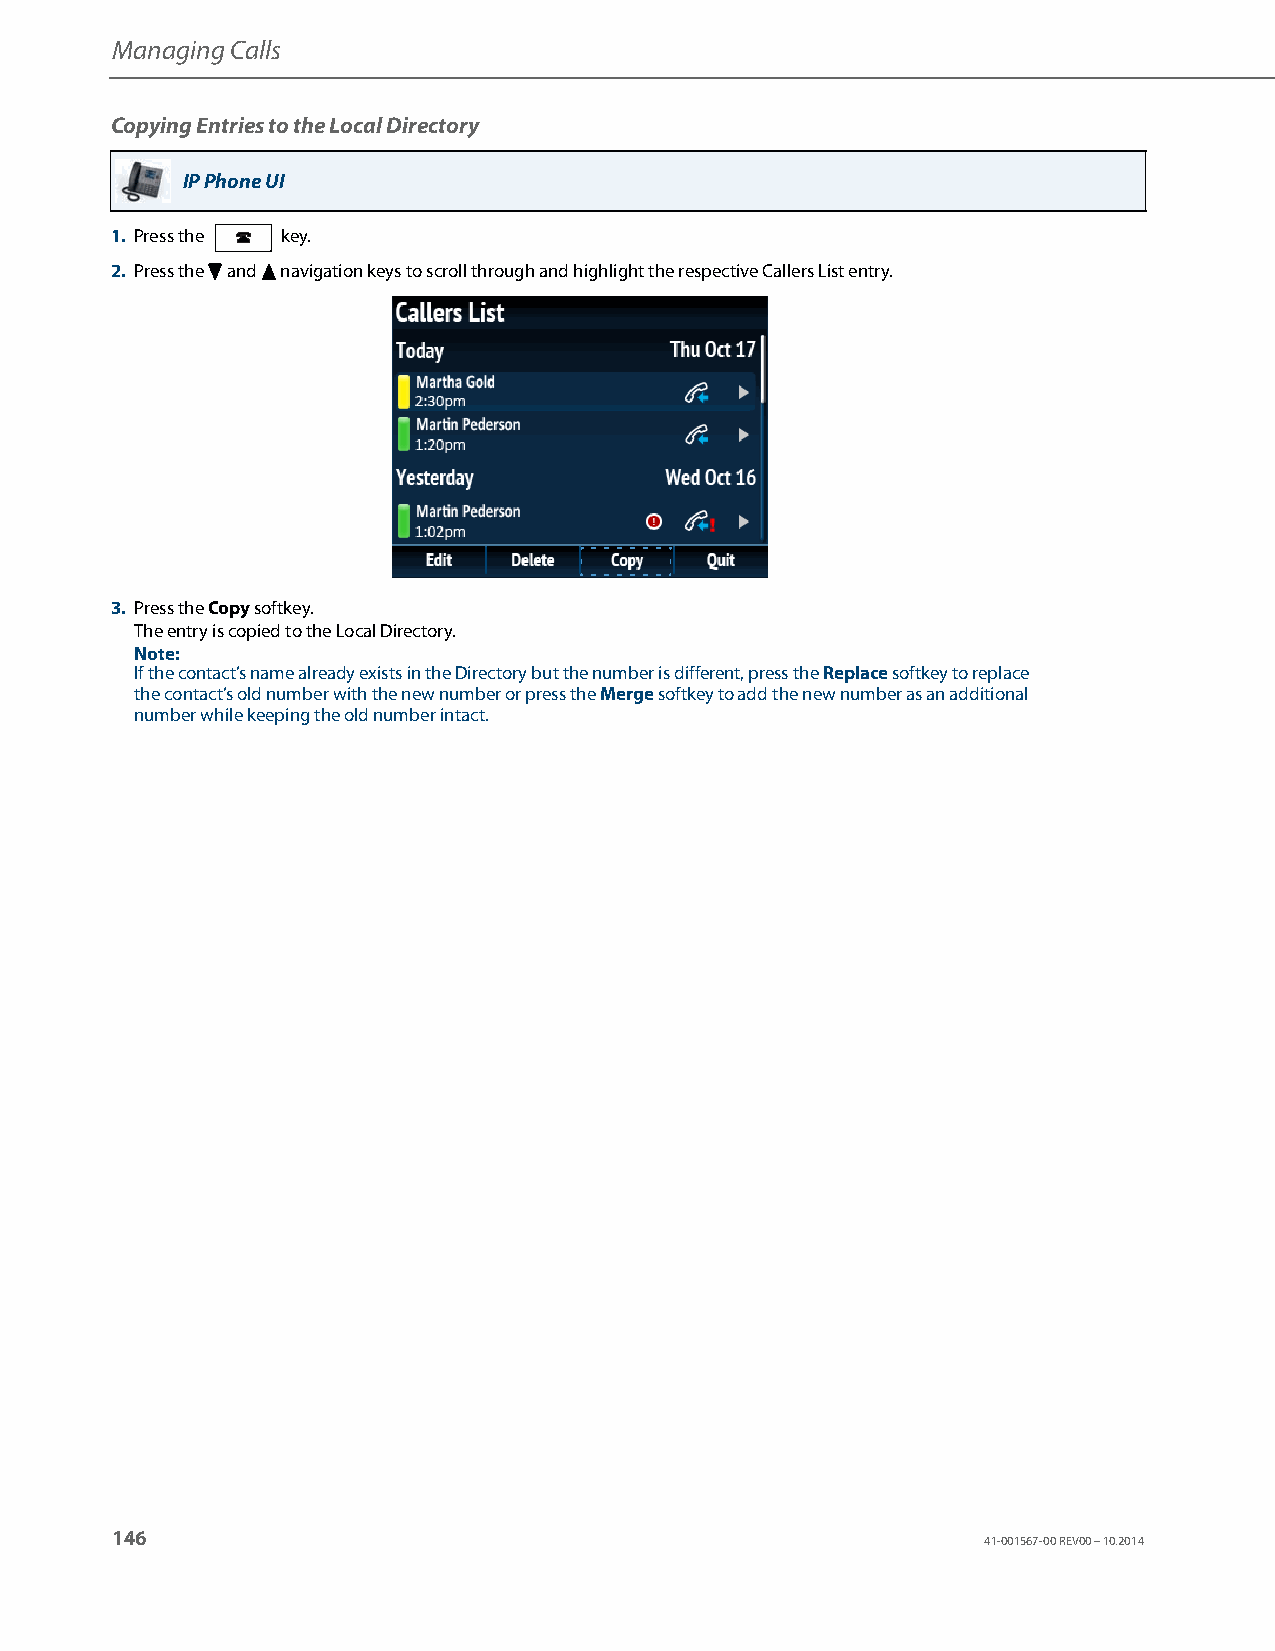
Managing Calls
 Copying Entries to the Local Directory
 IP Phone UI
 1. Press the key.
 2. Press the 2 and 5 navigation keys to scroll through and highlight the respective Callers List entry.
 3. Press the Copy softkey.
 The entry is copied to the Local Directory.
 Note:
 If the contact’s name already exists in the Directory but the number is different, press the Replace softkey to replace
 the contact’s old number with the new number or press the Merge softkey to add the new number as an additional
 number while keeping the old number intact.
 146
 41-001567-00 REV00 – 10.2014